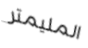
المليمتر